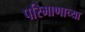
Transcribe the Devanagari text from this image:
परिमाणाच्या